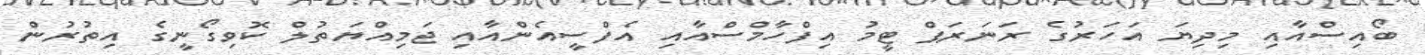
ބޯއިސްއާއި މިދިޔަ އަހަރުގެ ރަނަރަޕް ޓީމު އިފްހާމްސްއާއި އެފްސީއެންއާއި ޖަމިއްޔަތުލް ކޮވިގޯނީގެ އިތުރުން